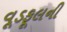
વૂડફૂલની